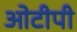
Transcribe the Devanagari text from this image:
ओटीपी